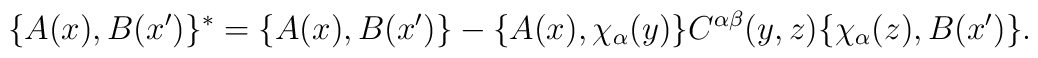
\{A(x),B(x^{\prime})\}^{*}=\{A(x),B(x^{\prime})\}-\{A(x),\chi_{\alpha}(y)\}C^{\alpha \beta}(y,z)\{\chi_{\alpha}(z),B(x^{\prime})\}.